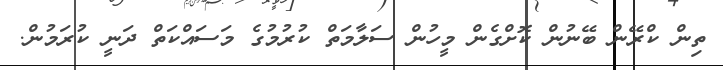
ތިން ކްރޭން ބޭނުން ކޮށްގެން މީހުން ސަލާމަތް ކުރުމުގެ މަސައްކަތް ދަނީ ކުރަމުން.